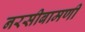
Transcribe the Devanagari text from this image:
नरसीबामणी